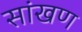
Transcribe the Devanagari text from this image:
सांखण